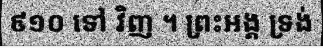
៩១០ ទៅ វិញ ។ ព្រះអង្គ ទ្រង់